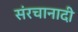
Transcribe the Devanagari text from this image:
संरचानादी